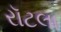
રૉટલા